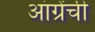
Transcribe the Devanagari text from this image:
आंग्रेंची